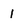
Character: 1